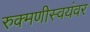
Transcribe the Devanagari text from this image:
रुक्मणीस्वयंवर